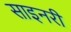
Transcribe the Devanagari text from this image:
साइनरी